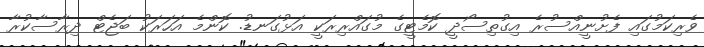
ވެރިކަމުގައި ފެށުނީއްސުރެ އިގުތިސޯދީ ކޮމެޓީގެ މުގައްރިރަކީ އަޅުގަނޑު. ކޮންމެ އަހަރަކު ބަޖެޓް ދިރާސާކުރާ